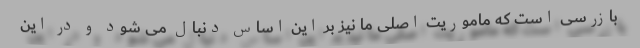
بازرسی است که ماموریت اصلی ما نیز بر این اساس دنبال می شود و در این